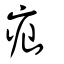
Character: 疝